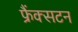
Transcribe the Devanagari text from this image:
फ्रैंक्सटन